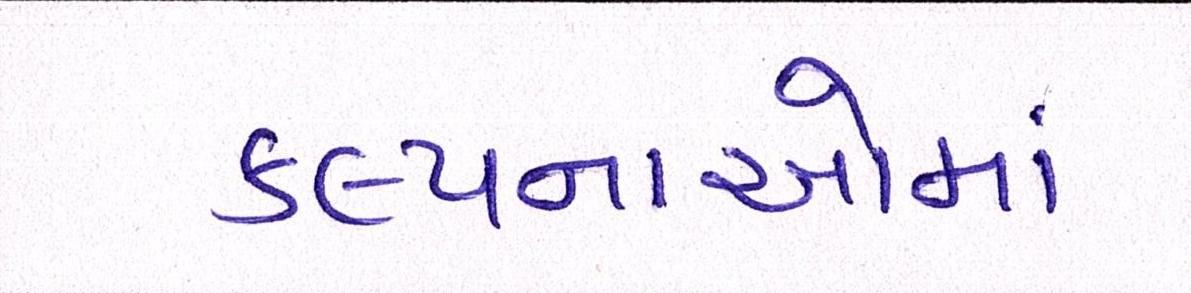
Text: કલ્પનાઓમાં